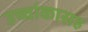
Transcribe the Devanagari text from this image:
उच्चांकासह